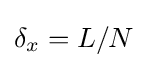
\delta _{x}=L/N\,\!